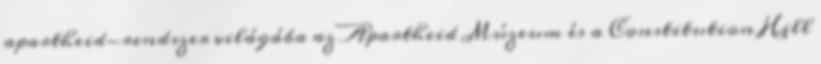
apartheid-rendszer világába az Apartheid Múzeum és a Constitution Hill